Eesti_Ajutise_Maavalitsuse_haridusosakond, lk 38
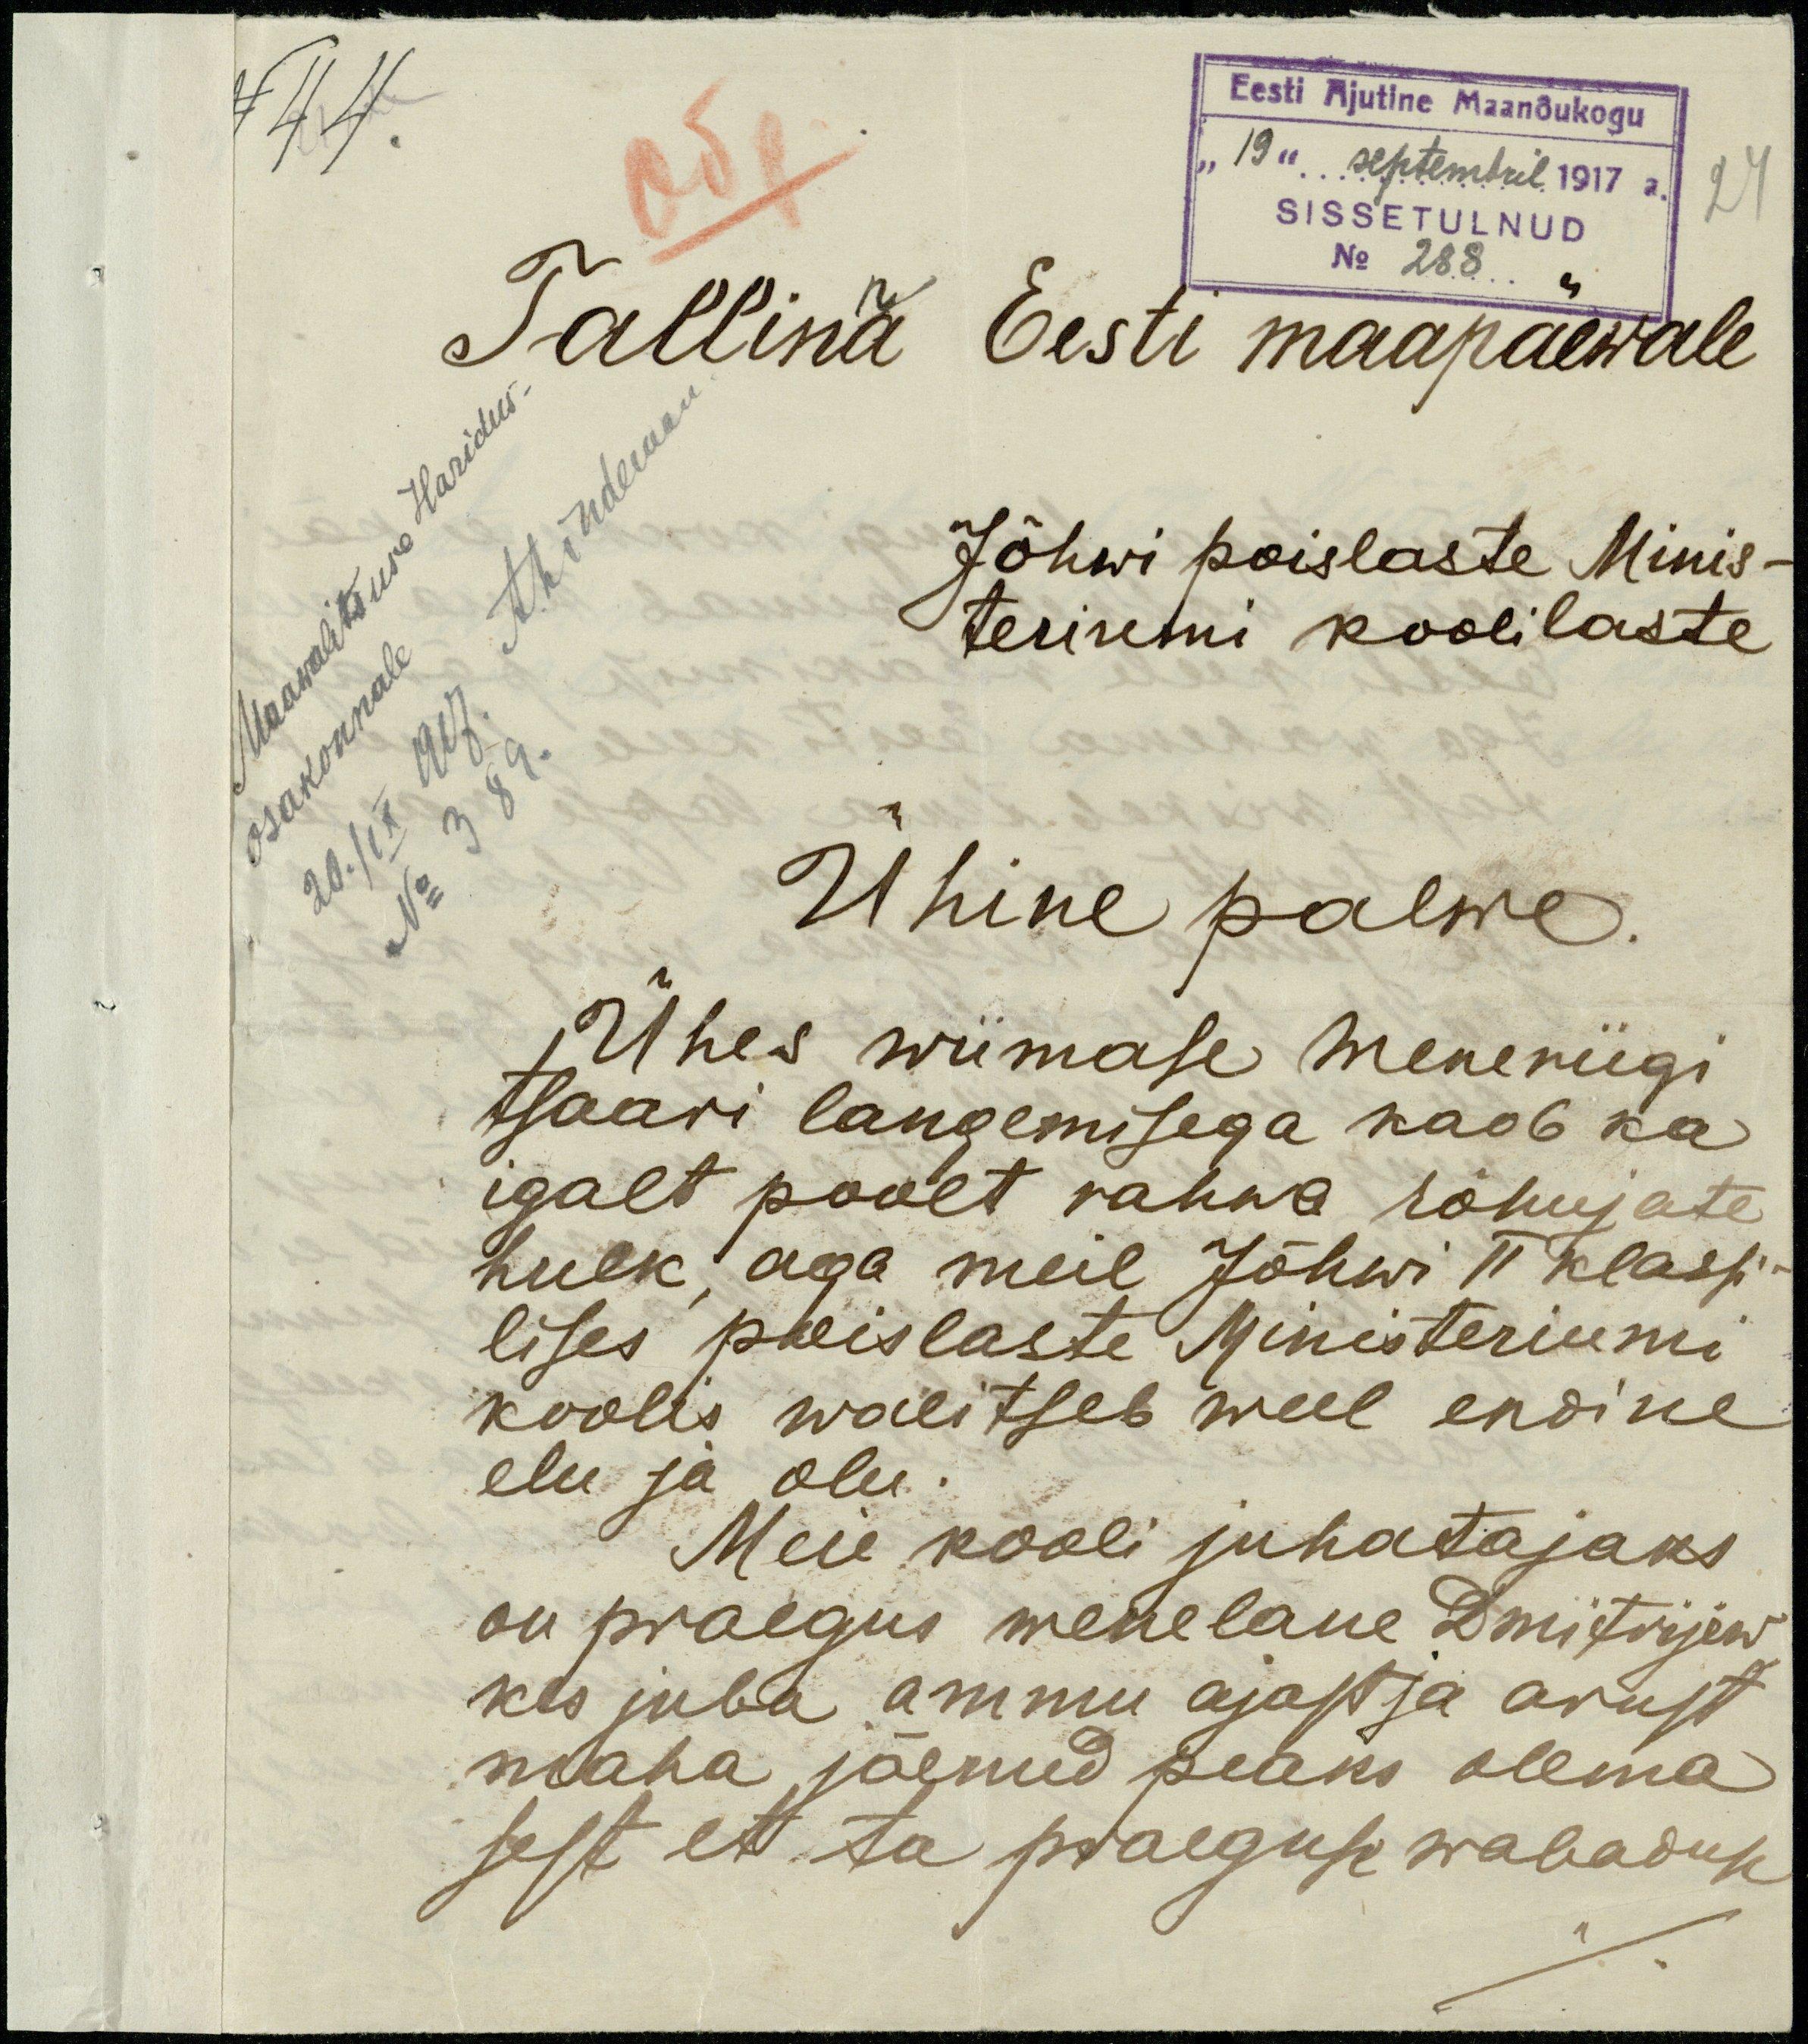
N 44
Eesti Ajutine Maanõukogu
"19" septembril 1917 a.
SISSETULNUD
24
Tallina Eesti maapäewale
No 288.
Tallina Eesti maapäewale
Maawalitsuse Haridus
ALidemann
Jõhwi poislaste Minis-
teriumi koolilaste
osakonnale.
20.IX.1917.
No 389.
Ühine palwe.
Ühes wiimase Weneriigi
tsaari langemisega kaob ka
igalt poolt rahwa rõhujate
hulk, aga meil Jõhwi II klassi-
lises poislaste Ministeriumi
koolis walitseb weel endine
elu ja olu.
Meie kooli juhatajaks
on praegus wenelane Dmitrijew
kes juba ammu ajast ja arust
maha jäenud peaks olema.
sest et ta praeguse wabaduse